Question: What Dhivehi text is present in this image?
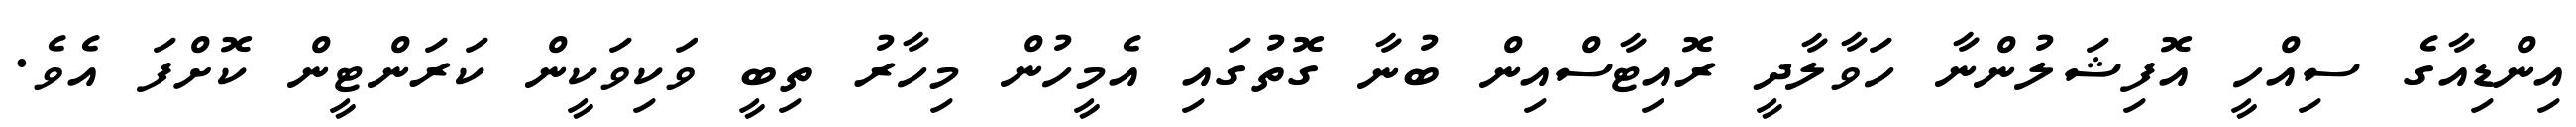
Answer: އިންޑިއާގެ ސިއްހީ އޮފިޝަލުންނާ ހަވާލާދީ ރޮއިޓާސްއިން ބުނާ ގޮތުގައި އެމީހުން މިހާރު ތިބީ ވަކިވަކީން ކަރަންޓީން ކޮށްފަ އެވެ.